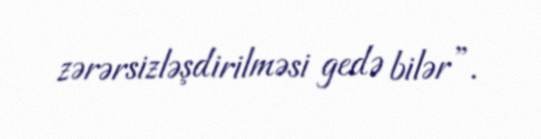
zərərsizləşdirilməsi gedə bilər”.